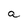
Character: a